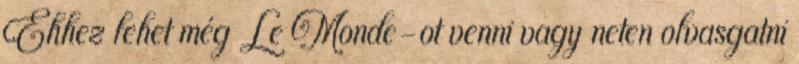
Ehhez lehet még Le Monde-ot venni vagy neten olvasgatni